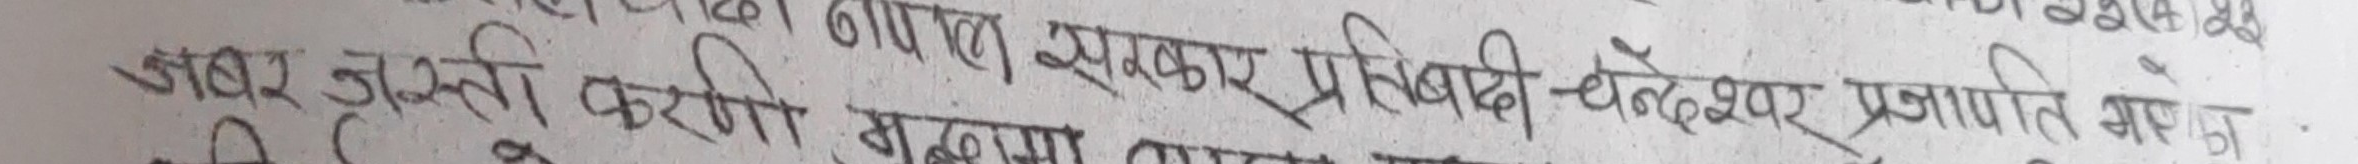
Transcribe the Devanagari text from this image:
अवर जुस्ली करौता मुद्दामा दायर प्रतिवादी चन्देखर प्रजापति भरौजा